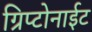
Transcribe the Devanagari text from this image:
ग्रिप्टोनाईट